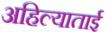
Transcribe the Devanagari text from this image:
अहिल्याताई